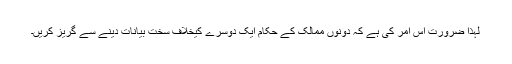
لہذا ضرورت اس امر کی ہے کہ دونوں ممالک کے حکام ایک دوسرے کیخلاف سخت بیانات دینے سے گریز کریں۔